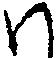
ハ